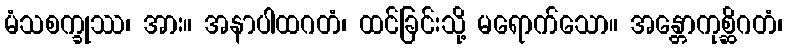
မံသစက္ခုဿ၊ အား။ အနာပါထဂတံ၊ ထင်ခြင်းသို့ မရောက်သော။ အန္တောကုစ္ဆိဂတံ၊